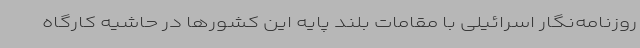
روزنامه‌نگار اسرائیلی با مقامات بلند پایه این کشورها در حاشیه کارگاه